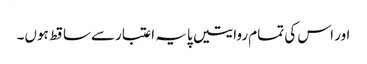
اور اس کی تمام روایتیں پایہ اعتبارسےساقط ہوں۔